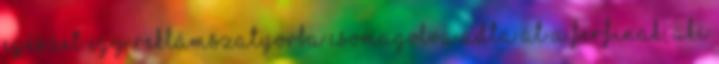
egészet egy reklámszatyorba csomagolva adta át a férfinak, aki